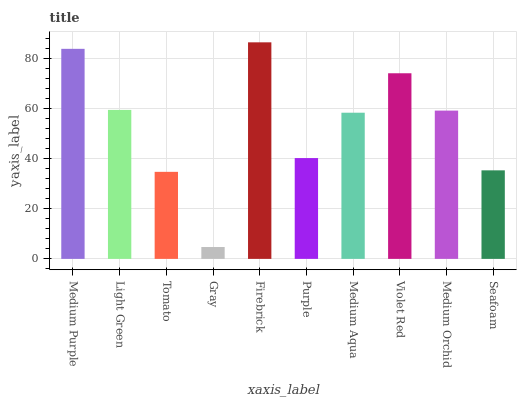
| xaxis_label | bars |
 | --- | --- |
 | Medium Purple | 83.8 |
 | Light Green | 59.4 |
 | Tomato | 34.7 |
 | Gray | 4.74 |
 | Firebrick | 86.4 |
 | Purple | 40.2 |
 | Medium Aqua | 58.3 |
 | Violet Red | 74 |
 | Medium Orchid | 59.1 |
 | Seafoam | 35.3 |